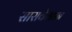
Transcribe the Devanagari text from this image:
सासकेश्वान